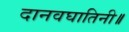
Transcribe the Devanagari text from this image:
दानवघातिनी॥